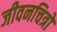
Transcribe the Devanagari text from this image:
जीवनचित्रों